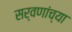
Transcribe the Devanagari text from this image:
सर्वणांच्या